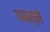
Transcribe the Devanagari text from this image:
पब्स्मे